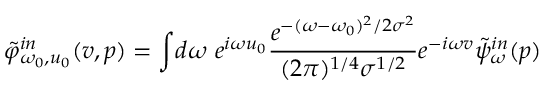
\tilde { \varphi } _ { \omega _ { 0 } , u _ { 0 } } ^ { i n } ( v , p ) = \int \! d \omega \ e ^ { i \omega u _ { 0 } } { \frac { e ^ { - ( \omega - \omega _ { 0 } ) ^ { 2 } / 2 \sigma ^ { 2 } } } { ( { 2 \pi } ) ^ { 1 / 4 } \sigma ^ { 1 / 2 } } } e ^ { - i \omega v } { \tilde { \psi } } _ { \omega } ^ { i n } ( p )